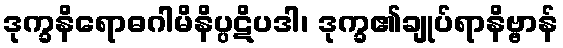
ဒုက္ခနိရောဓဂါမိနိပ္ပဋိပဒါ၊ ဒုက္ခ၏ချုပ်ရာနိဗ္ဗာန်